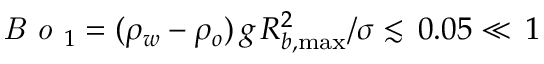
\textit { B o } _ { 1 } = ( \rho _ { w } - \rho _ { o } ) \, g \, R _ { b , \operatorname* { m a x } } ^ { 2 } / \sigma \lesssim \, 0 . 0 5 \ll \, 1